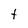
Character: t